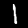
Digit: 1